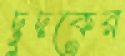
দুদকের